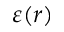
\varepsilon ( r )